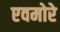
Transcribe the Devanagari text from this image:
एवमोरे